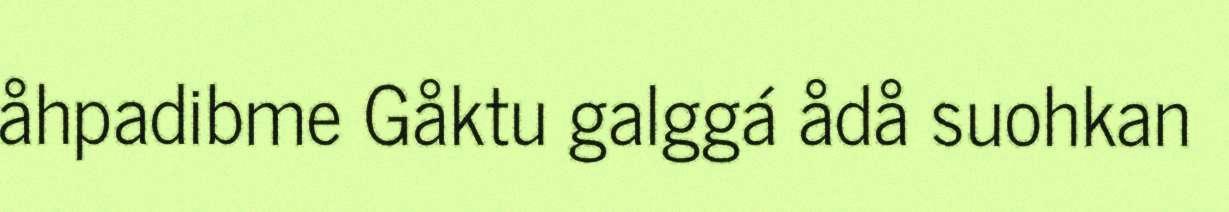
åhpadibme Gåktu galggá ådå suohkan